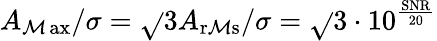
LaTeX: A_{\operatorname*{\mathcal{M}ax}}/\sigma=\sqrt{}{{3}}A_{\mathrm{{r\mathcal{M}s}}}/\sigma=\sqrt{}{{3}}\cdot10^{\frac{{\mathrm{{SNR}}}}{{20}}}